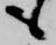
も